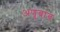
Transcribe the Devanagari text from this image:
अणूबांब